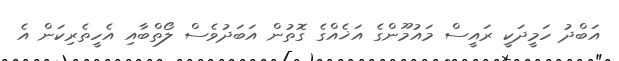
އަަބްދު ހަމީދަކީ ރައީސް މައުމޫންގެ އަޚެއްގެ ގޮތުން އަބަދުވެސް ލޯތްބާއި އެހީތެރިކަން އެ